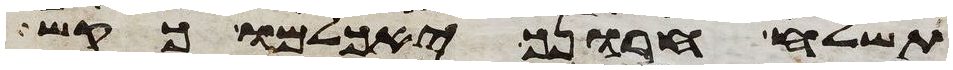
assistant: תשלח חרונך יאכלמו כקש